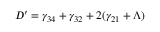
D ^ { \prime } = \gamma _ { 3 4 } + \gamma _ { 3 2 } + 2 ( \gamma _ { 2 1 } + \Lambda )